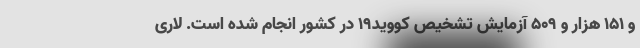
و ۱۵۱ هزار و ۵۰۹ آزمایش تشخیص کووید۱۹ در کشور انجام شده است. لاری